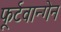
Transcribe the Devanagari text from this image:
फूर्टवान्गेन